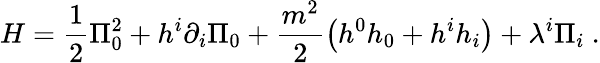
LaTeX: H=\frac{1}{2}\Pi_{0}^{2}+h^{i}\partial_{i}\Pi_{0}+\frac{m^{2}}{2}\left(h^{0}h_{0}+h^{i}h_{i}\right)+\lambda^{i}\Pi_{i}\ .